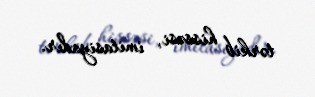
tərkib hissəsi, imitasiyadır.